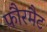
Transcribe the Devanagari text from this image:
फौरमैट